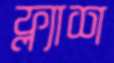
ফ্ল্যাশ